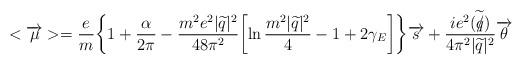
LaTeX: \begin{align*}<\overrightarrow{\mu}>=\frac{e}{m}\biggl\{1+\frac{\alpha}{2\pi}-\frac{m^{2}e^{2}|\widetilde{q}|^{2} }{48\pi^{2}}\biggl[\ln\frac{m^{2}|\widetilde{q}|^{2}}{4}-1+2\gamma_{E}\biggr]\biggr\}\overrightarrow{s}+\frac{ie^{2}(\widetilde{q\hspace{-0.2cm}/})}{4\pi^{2}|\widetilde{q}|^{2}}\overrightarrow{\theta}\end{align*}